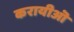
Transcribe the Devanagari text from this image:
करायीऒ